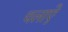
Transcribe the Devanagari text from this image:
चलाऐ